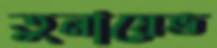
তুনায়েভ